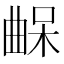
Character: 𣍀